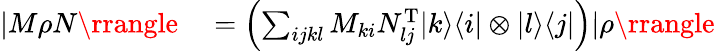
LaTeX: \begin{array}{rl}{|M\rho N\rrangle}&{{}=\left(\sum_{ijkl}M_{ki}N_{lj}^{\mathrm{T}}|k\rangle\langle i|\otimes|l\rangle\langle j|\right)|\rho\rrangle}\end{array}